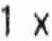
1 X